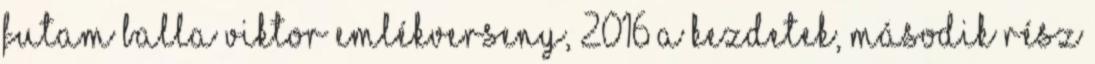
futam Balla Viktor emlékverseny, 2016 A kezdetek, második rész